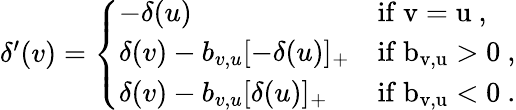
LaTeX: \begin{array}{r}{\delta^{\prime}(v)=\left\{ \begin{array}{ll}{-\delta(u)}&{\mathrm{if~v=u~,}}\\ {\delta(v)-b_{v,u}[-\delta(u)]_{+}}&{\mathrm{if~b_{v,u}>0~,}}\\ {\delta(v)-b_{v,u}[\delta(u)]_{+}}&{\mathrm{if~b_{v,u}<0~.}}\end{array}\right.}\end{array}